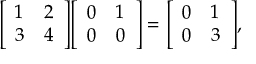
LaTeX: { \left[ \begin{array} { l l } { 1 } & { 2 } \\ { 3 } & { 4 } \end{array} \right] } { \left[ \begin{array} { l l } { 0 } & { 1 } \\ { 0 } & { 0 } \end{array} \right] } = { \left[ \begin{array} { l l } { 0 } & { 1 } \\ { 0 } & { 3 } \end{array} \right] } ,